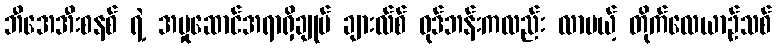
ဘီအေအီးစနစ် ရဲ့ အမှုဆောင်အရာရှိချုပ် ချားလ်စ် ဝုဒ်ဘန်းကလည်း လာမယ့် တိုက်လေယာဉ်သစ်